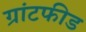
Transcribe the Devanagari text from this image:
ग्रांटफीड